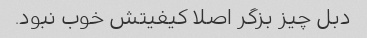
دبل چیز بزگر اصلا کیفیتش خوب نبود.